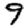
Digit: 9